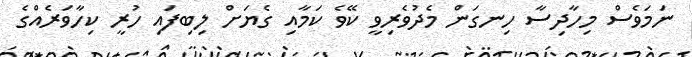
ނަމަވެސް މިހާދިސާ ހިނގަން މެދުވެރިވީ ކޭވެ ކަމާއި ގެޔަށް ލިބިފައި ހުރީ ކިހާވަރެއްގެ